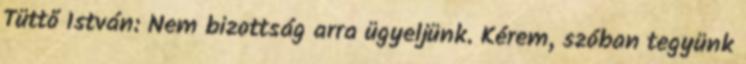
Tüttő István: Nem bizottság arra ügyeljünk. Kérem, szóban tegyünk